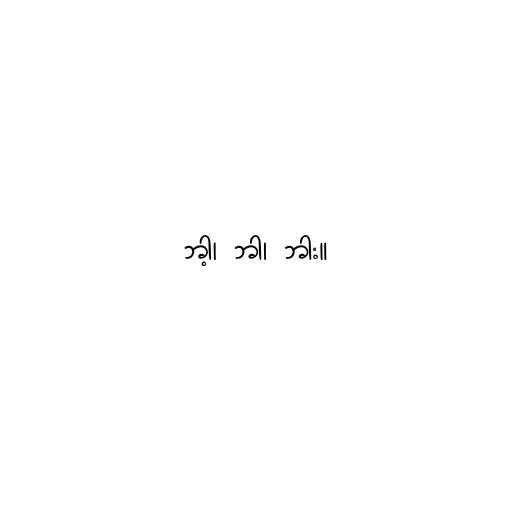
ဘါ့၊ ဘါ၊ ဘါး။